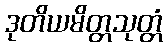
ဒုတိယမိတ္တသုတ္တံ